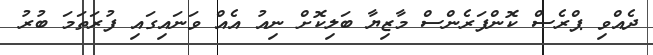
ދެއްވި ޕްރެސް ކޮންފަރެންސް މާޒިޔާ ބަލިކޮށް ނިއު އެއް ވަނައިގައި ފުރަތަމަ ބުރު